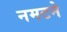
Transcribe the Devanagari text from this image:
नमटने